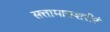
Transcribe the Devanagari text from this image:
सत्तामात्रशरीरं